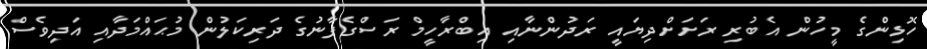
ހޮޅިންގެ މީހުން އެބުރި ރަށަށްދިޔައީ ރަދުންނާއި އިބްރާހީމް ރަސްގެފާނުގެ ދަރިކަލުން މުޙައްމަދާއި އަދިވެސް